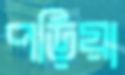
পড়িয়া